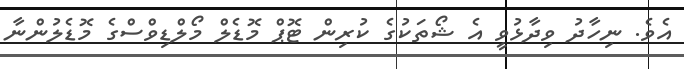
އެވެ. ނިހާދު ވިދާޅުވީ އެ ޝޯތަކުގެ ކުރިން ޓޮޕް މޮޑެލް މޯލްޑިވްސްގެ މޮޑެލުންނާ